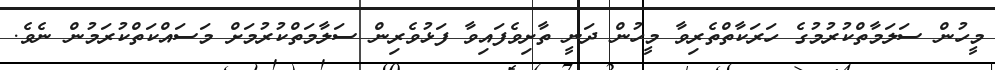
މީހުން ސަލަމާތްކުރުމުގެ ހަރަކާތްތެރިވާ މީހުން ދަނީ ތާށިވެފައިވާ ފަޅުވެރިން ސަލާމަތްކުރުމަށް މަސައްކަތްކުރަމުން ނެވެ.